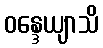
ဝန္ဒေယျာသိ